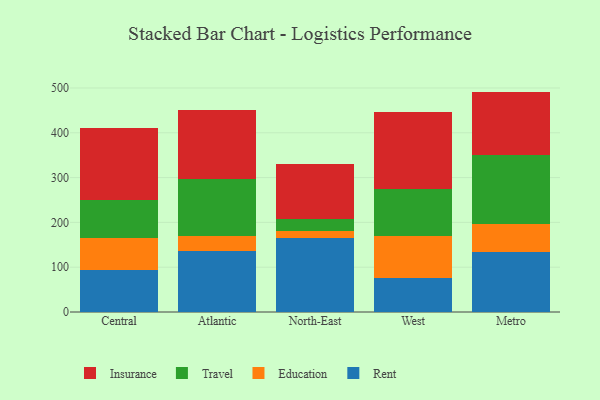
{"axis": {"x": "Region", "y": "Churn Rate (%)"}, "legend": ["Education", "Insurance", "Rent", "Travel"], "data": [{"x": "Central", "y": 93.3, "type": "Rent"}, {"x": "Central", "y": 70.9, "type": "Education"}, {"x": "Central", "y": 85.2, "type": "Travel"}, {"x": "Central", "y": 160.4, "type": "Insurance"}, {"x": "Atlantic", "y": 136.8, "type": "Rent"}, {"x": "Atlantic", "y": 33.6, "type": "Education"}, {"x": "Atlantic", "y": 127.5, "type": "Travel"}, {"x": "Atlantic", "y": 153.0, "type": "Insurance"}, {"x": "North-East", "y": 165.4, "type": "Rent"}, {"x": "North-East", "y": 15.3, "type": "Education"}, {"x": "North-East", "y": 26.9, "type": "Travel"}, {"x": "North-East", "y": 122.5, "type": "Insurance"}, {"x": "West", "y": 74.9, "type": "Rent"}, {"x": "West", "y": 95.0, "type": "Education"}, {"x": "West", "y": 103.6, "type": "Travel"}, {"x": "West", "y": 173.9, "type": "Insurance"}, {"x": "Metro", "y": 134.0, "type": "Rent"}, {"x": "Metro", "y": 61.6, "type": "Education"}, {"x": "Metro", "y": 153.8, "type": "Travel"}, {"x": "Metro", "y": 142.5, "type": "Insurance"}]}